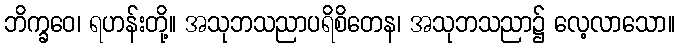
ဘိက္ခဝေ၊ ရဟန်းတို့။ အသုဘသညာပရိစိတေန၊ အသုဘသညာ၌ လေ့လာသော။